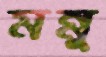
মন্নু